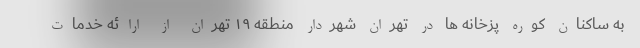
به ساکنان کوره پزخانه ها در تهران شهردار منطقه ۱۹ تهران از ارائه خدمات